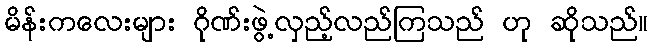
မိန်းကလေးများ ဂိုဏ်းဖွဲ့လှည့်လည်ကြသည် ဟု ဆိုသည်။